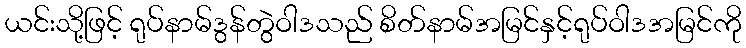
ယင်းသို့ဖြင့် ရုပ်နာမ်ဒွန်တွဲဝါဒသည် စိတ်နာမ်အမြင်နှင့်ရုပ်ဝါဒအမြင်ကို